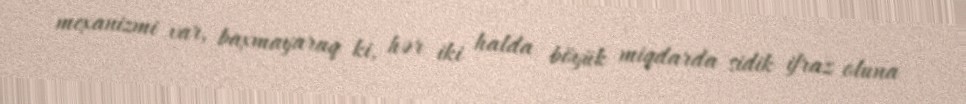
mexanizmi var, baxmayaraq ki, hər iki halda böyük miqdarda sidik ifraz oluna